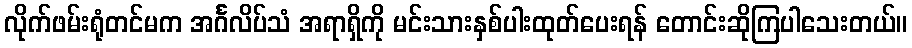
လိုက်ဖမ်းရုံတင်မက အင်္ဂလိပ်သံ အရာရှိကို မင်းသားနှစ်ပါးထုတ်ပေးရန် တောင်းဆိုကြပါသေးတယ်။